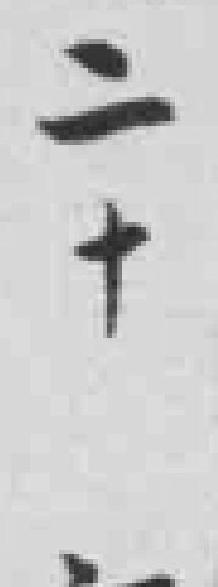
二十